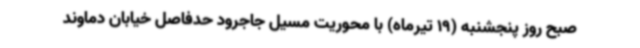
صبح روز پنجشنبه (19 تیرماه) با محوریت مسیل جاجرود حدفاصل خیابان دماوند